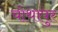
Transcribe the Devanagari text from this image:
चोथापुर